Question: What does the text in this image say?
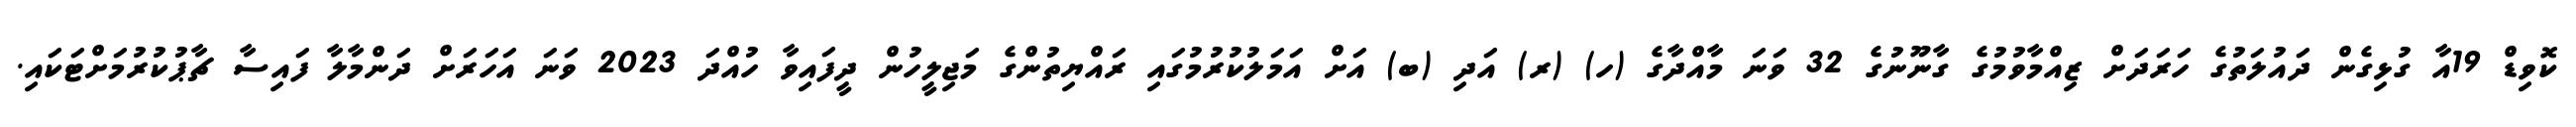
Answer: ކޮވިޑް 19އާ ގުޅިގެން ދައުލަތުގެ ހަރަދަށް ޒިއްމާވުމުގެ ގާނޫނުގެ 32 ވަނަ މާއްދާގެ (ހ) (ރ) އަދި (ބ) އަށް އަމަލުކުރުމުގައި ރައްޔިތުންގެ މަޖިލީހުން ދީފައިވާ ހުއްދަ 2023 ވަނަ އަހަރަށް ދަންމާލާ ފައިސާ ޗާޕުކުރުމަށްޓަކައި.